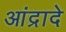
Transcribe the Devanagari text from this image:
आंद्रादे